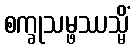
စက္ခုသမ္ဖဿသ္မိံ